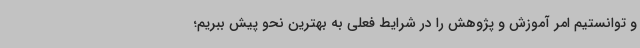
و توانستیم امر آموزش و پژوهش را در شرایط فعلی به بهترین نحو پیش ببریم؛